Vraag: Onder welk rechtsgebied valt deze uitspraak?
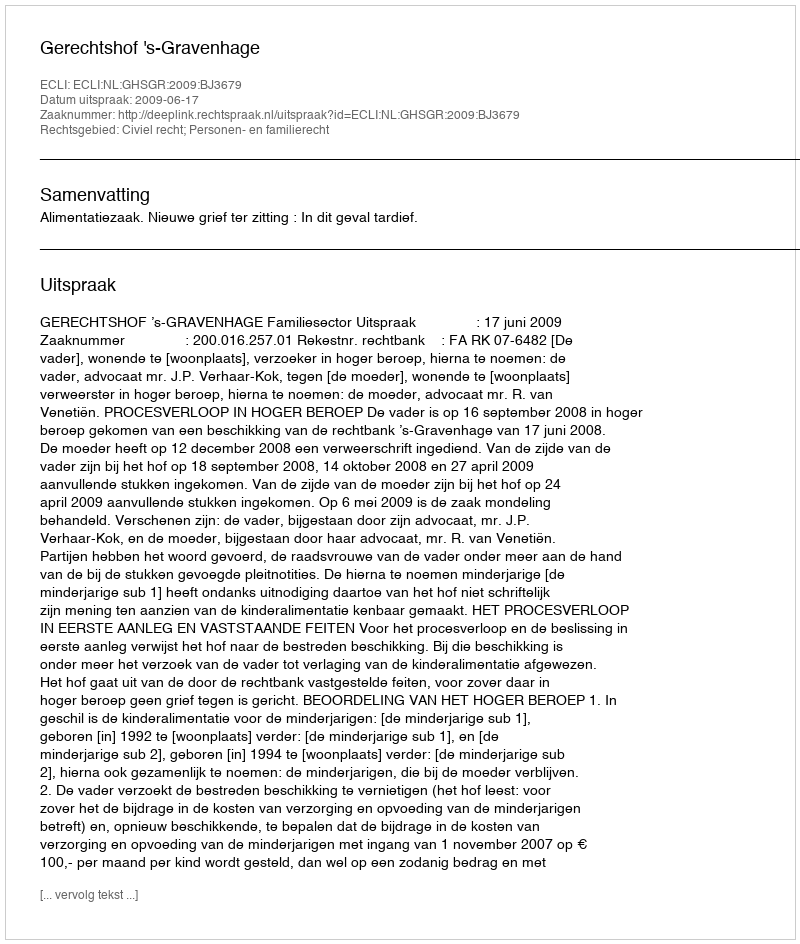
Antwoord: Civiel recht; Personen- en familierecht